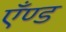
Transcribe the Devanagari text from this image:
एँण्ड